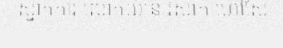
ស្នាក់ការ លោកយ៉ាន់ វីសាក់ ហៅសែ